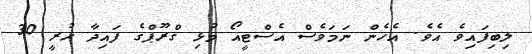
ލިބިފައިވެ އެވެ. އެހެން ނަމަވެސް އެސްޓީއޯ މުޅި ގްރޫޕްގެ ފައިދާ ހުރީ 30